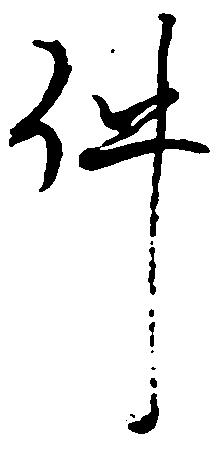
件